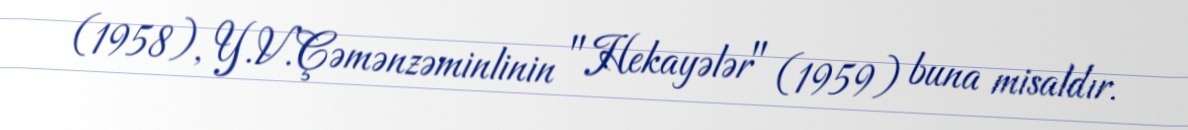
(1958), Y.V.Çəmənzəminlinin "Hekayələr" (1959) buna misaldır.